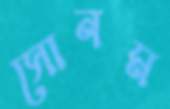
সোনম